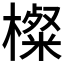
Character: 𱤝